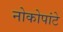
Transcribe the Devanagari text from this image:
नोकोपांटे